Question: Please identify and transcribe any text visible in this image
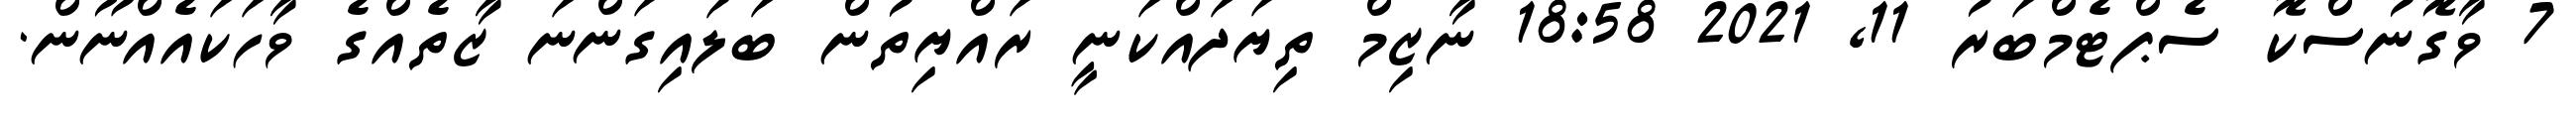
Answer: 7 ވާގޮނުސްކޮ ސެޕްޓެމްބަރު 11, 2021 18:58 ނާޒިމް ތިޔަދައްކަނީ ރައްޔިތުން ބަލައިގަންނަ ޒާތެއްގެ ވާހަކައެއްނޫން.